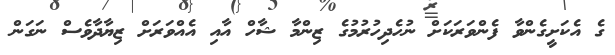
ގެ އެކަށީގެންވާ ފެންވަރަކަށް ނުހެދިހުރުމުގެ ޒިންމާ ޝާހް އާއި އެއްވަރަށް ޒިޔާދާވެސް ނަގަން